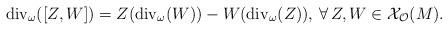
LaTeX: \begin{align*}{\rm div}_{\omega}([Z,W])=Z({\rm div}_\omega (W))-W({\rm div}_\omega (Z)),\,\forall\,Z,W\in\mathcal{X}_\mathcal{O}(M).\end{align*}